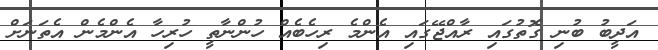
އަދީބު ބުނި ގޮތުގައި ރާއްޖޭގައި އެންމެ ރިހެބެއް ހުންނާތީ ހުރިހާ އެންމެން އެތަނަށް